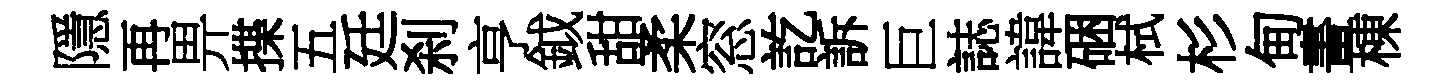
隱再畀揲五廷刹亨鉞甜柔窓訖訴巨誌諱硱栻杉甸畫棟